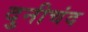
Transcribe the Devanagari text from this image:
दुनीचंद